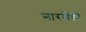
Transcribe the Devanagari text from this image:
नारमेंडी